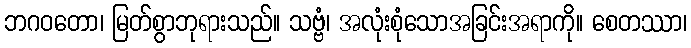
ဘဂဝတော၊ မြတ်စွာဘုရားသည်။ သဗ္ဗံ၊ အလုံးစုံသောအခြင်းအရာကို။ စေတဿာ၊